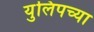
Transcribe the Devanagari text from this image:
युलिपच्या